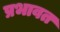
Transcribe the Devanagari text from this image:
प्रभावत